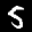
Label: 5